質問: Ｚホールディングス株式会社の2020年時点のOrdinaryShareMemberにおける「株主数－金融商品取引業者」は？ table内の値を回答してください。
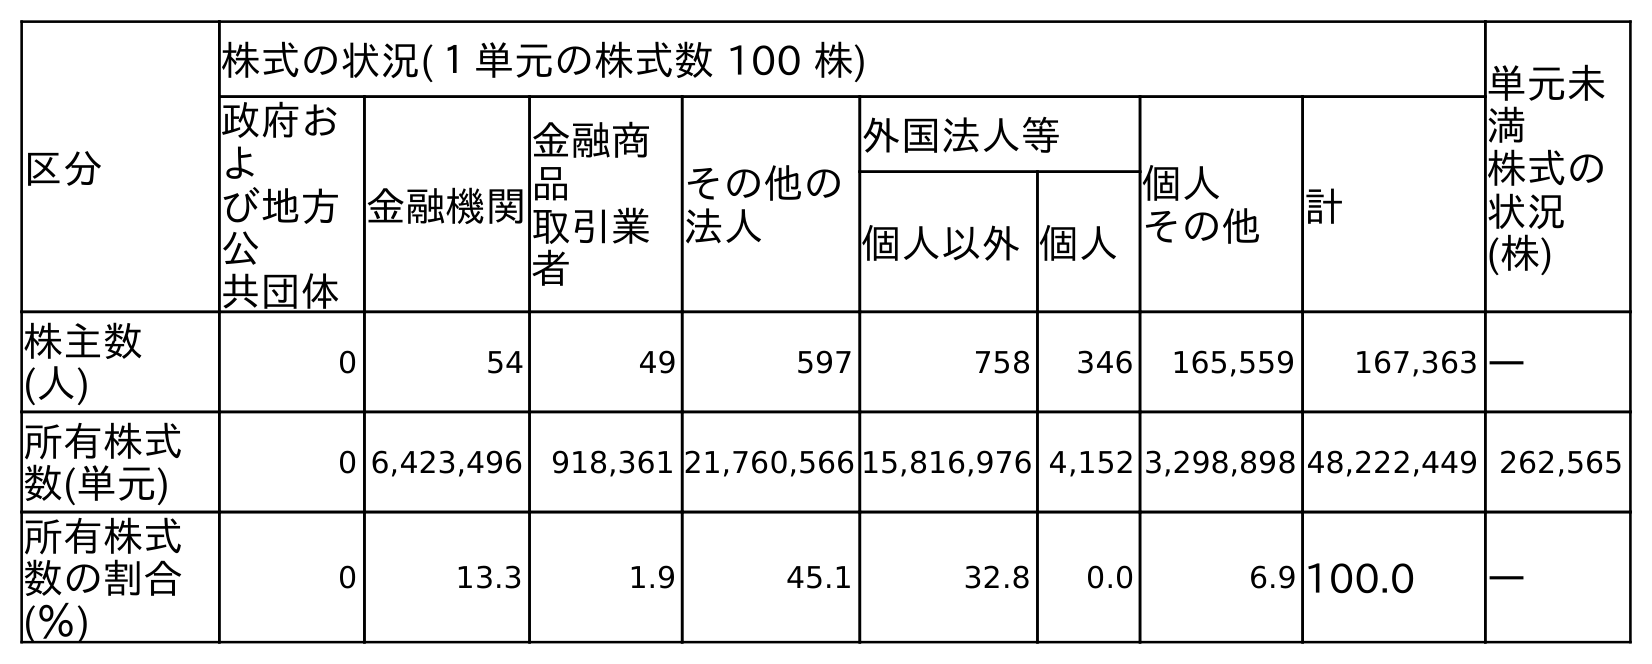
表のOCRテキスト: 区分 株式の状況(１単元の株式数 100 株) 単元未 満 株式の 状況 (株) 政府お よ び地方 公 共団体 金融機関 金融商 品 取引業 者 その他の 法人 外国法人等 個人 その他 計 個人以外個人 株主数 (人) 0 54 49 597 758 346 165,559 167,363 ― 所有株式 数(単元) 0 6,423,496 918,361 21,760,566 15,816,976 4,152 3,298,898 48,222,449 262,565 所有株式 数の割合 (％) 0 13.3 1.9 45.1 32.8 0.0 6.9 100.0 ―
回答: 49